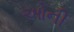
ઓની